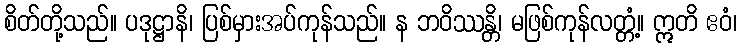
စိတ်တို့သည်။ ပဒုဋ္ဌာနိ၊ ပြစ်မှားအပ်ကုန်သည်။ န ဘဝိဿန္တိ၊ မဖြစ်ကုန်လတ္တံ့။ ဣတိ ဧဝံ၊